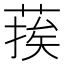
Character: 𮐉